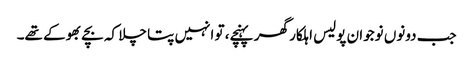
جب دونوں نوجوان پولیس اہلکار گھر پہنچے، تو انہیں پتا چلا کہ بچے بھوکے تھے۔